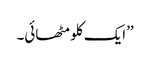
’’ایک کلو مٹھائی۔